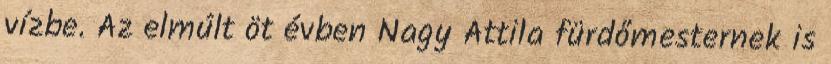
vízbe. Az elmúlt öt évben Nagy Attila fürdőmesternek is